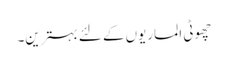
چھوٹی الماریوں کے لئے بہترین۔